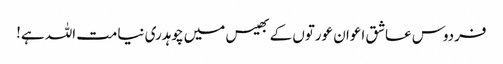
فردوس عاشق اعوان عورتوں کے بھیس میں چوہدری نیامت اللہ ہے!